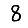
Digit: 8